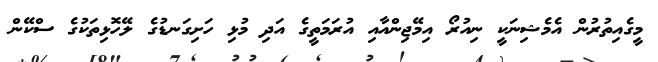
މީގެއިތުރުން އެމެޝިނަކީ ނިއުރޯ އިމޭޖިންއާއި އުރަމަތީގެ އަދި މުޅި ހަށިގަނޑުގެ ލޭހޮޅިތަކުގެ ސްކޭން